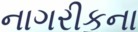
નાગરીકના